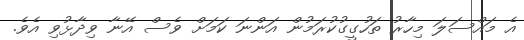
އެ މައްސަލަ މިހާރު ތަހުގީގުކުރަމުން އަންނަ ކަމަށް ވެސް އޭނާ ވިދާޅުވި އެވެ.